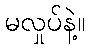
မလှုပ်နဲ့။